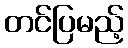
တင်ပြမည့်